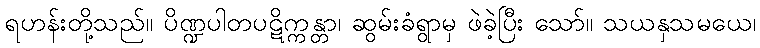
ရဟန်းတို့သည်။ ပိဏ္ဍပါတပဋိက္ကန္တာ၊ ဆွမ်းခံရွာမှ ဖဲခဲ့ပြီး သော်။ သယနှသမယေ၊